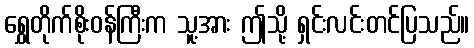
ရွှေတိုက်စိုးဝန်ကြီးက သူ့အား ဤသို့ ရှင်းလင်းတင်ပြသည်။